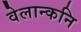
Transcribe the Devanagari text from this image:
वेलान्कनि